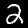
Digit: 2